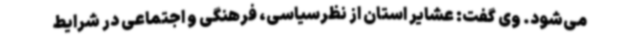
می‌شود. وی گفت: عشایر استان از نظرسیاسی، فرهنگی و اجتماعی در شرایط